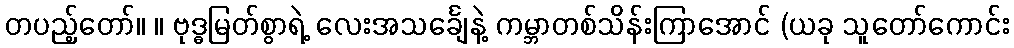
တပည့်တော်။ ။ ဗုဒ္ဓမြတ်စွာရဲ့ လေးအသင်္ချေနဲ့ ကမ္ဘာတစ်သိန်းကြာအောင် (ယခု သူတော်ကောင်း